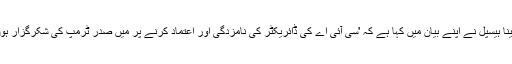
جینا ہیسپل نے اپنے بیان میں کہا ہے کہ 'سی آئی اے کی ڈائریکٹر کی نامزدگی اور اعتماد کرنے پر میں صدر ٹرمپ کی شکرگزار ہوں۔